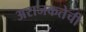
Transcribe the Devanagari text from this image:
अराजकतेची